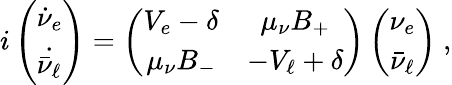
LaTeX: i\left(\begin{array}{l}{{\dot{\nu}_{e}}}\\ {{\dot{\bar{\nu}_{\ell}}}}\end{array}\right)=\left(\begin{array}{cc}{{V_{e}-\delta}}&{{\mu_{\nu}B_{+}}}\\ {{\mu_{\nu}B_{-}}}&{{-V_{\ell}+\delta}}\end{array}\right)\left(\begin{array}{c}{{\nu_{e}}}\\ {{\bar{\nu}_{\ell}}}\end{array}\right)~,